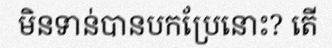
មិនទាន់បានបកប្រែនោះ? តើ